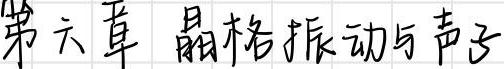
第六章 晶格振动与声子